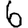
Digit: 6